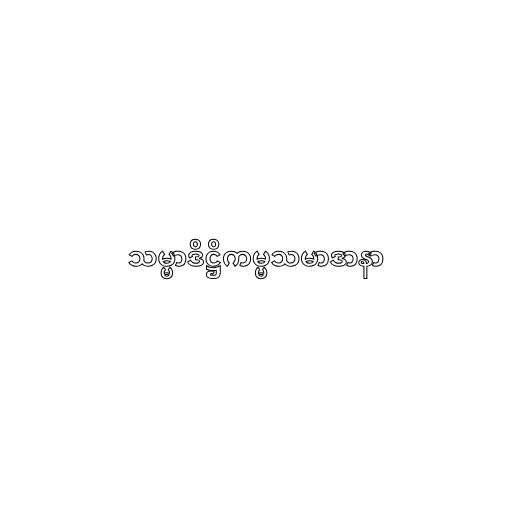
သမ္မာဒိဋ္ဌိကမ္မသမာဒာနာ